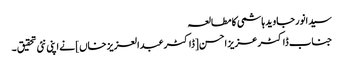
سیدانورجاوید ہاشمی کا مطالعہ
جناب ڈاکٹر عزیز احسن [ڈاکٹرعبدالعزیز خاں] نے اپنی نئی تحقیق ۔